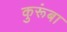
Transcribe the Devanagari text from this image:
कुरूंबा